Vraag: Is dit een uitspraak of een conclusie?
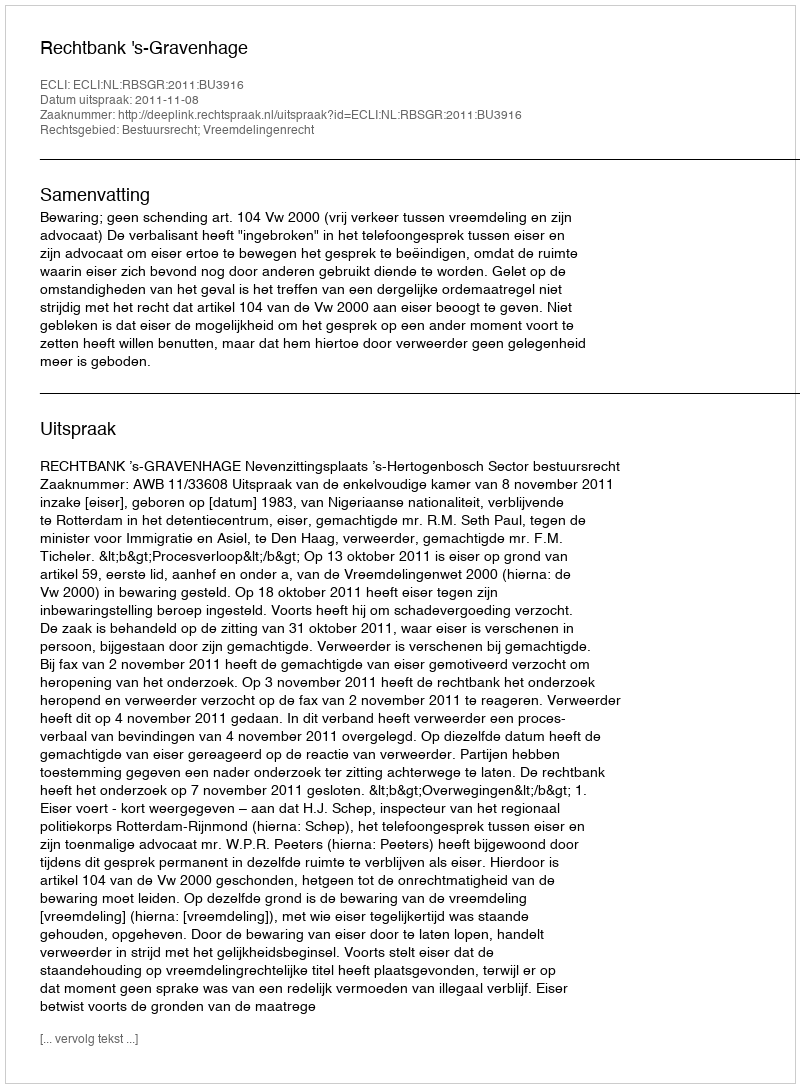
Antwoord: Uitspraak